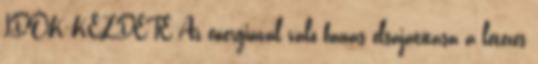
IDŐK KEZDETE Az energiával való bánás elsajátítása a létezés